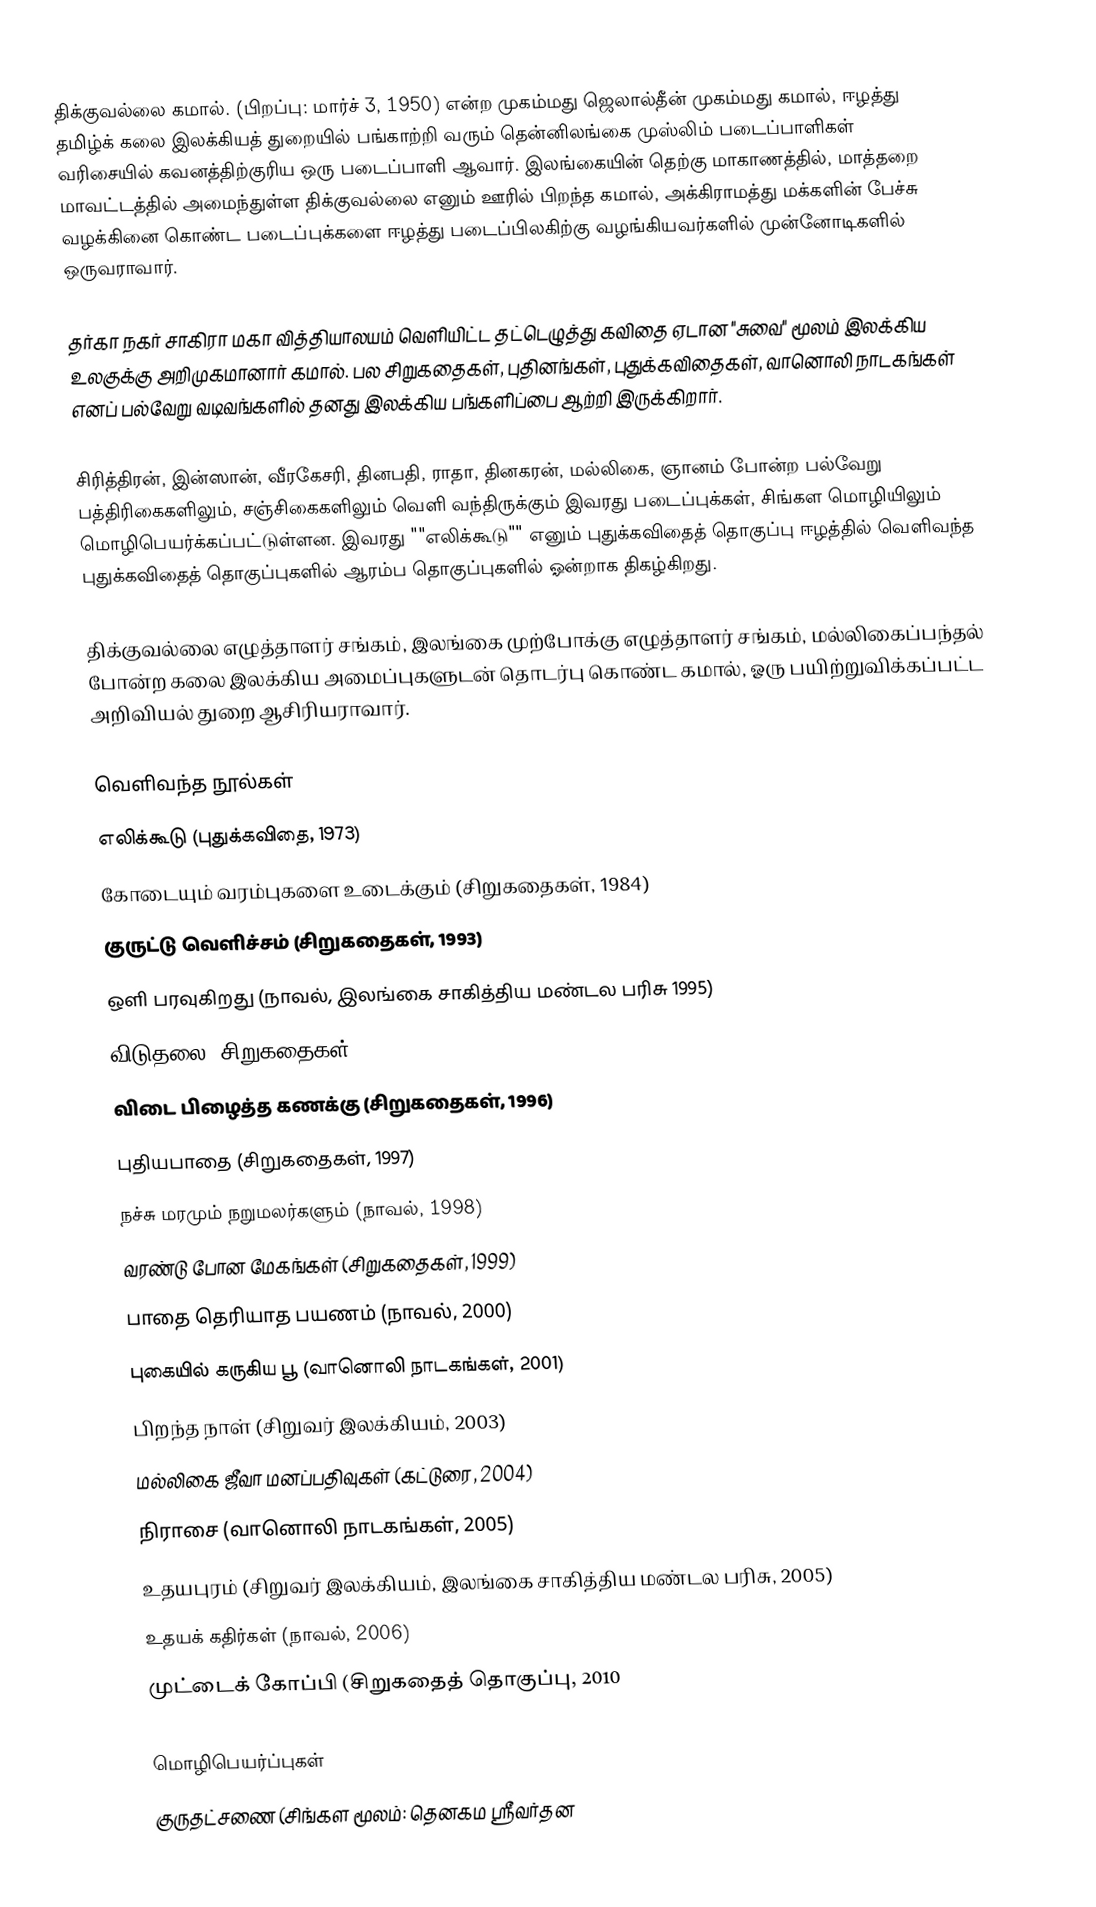
திக்குவல்லை கமால். (பிறப்பு: மார்ச் 3, 1950) என்ற  முகம்மது ஜெலால்தீன் முகம்மது கமால், ஈழத்து தமிழ்க் கலை இலக்கியத் துறையில் பங்காற்றி வரும் தென்னிலங்கை முஸ்லிம் படைப்பாளிகள் வரிசையில் கவனத்திற்குரிய ஒரு படைப்பாளி ஆவார்.  இலங்கையின் தெற்கு மாகாணத்தில்,  மாத்தறை மாவட்டத்தில் அமைந்துள்ள திக்குவல்லை எனும் ஊரில் பிறந்த கமால், அக்கிராமத்து  மக்களின் பேச்சு வழக்கினை கொண்ட படைப்புக்களை ஈழத்து படைப்பிலகிற்கு வழங்கியவர்களில் முன்னோடிகளில் ஒருவராவார்.

தர்கா நகர் சாகிரா மகா வித்தியாலயம் வெளியிட்ட தட்டெழுத்து கவிதை ஏடான "சுவை" மூலம் இலக்கிய உலகுக்கு அறிமுகமானார் கமால். பல சிறுகதைகள், புதினங்கள், புதுக்கவிதைகள், வானொலி நாடகங்கள் எனப் பல்வேறு வடிவங்களில் தனது இலக்கிய பங்களிப்பை ஆற்றி இருக்கிறார்.

சிரித்திரன், இன்ஸான், வீரகேசரி, தினபதி, ராதா, தினகரன், மல்லிகை, ஞானம் போன்ற பல்வேறு பத்திரிகைகளிலும், சஞ்சிகைகளிலும் வெளி வந்திருக்கும் இவரது படைப்புக்கள், சிங்கள மொழியிலும் மொழிபெயர்க்கப்பட்டுள்ளன. இவரது ""எலிக்கூடு"" எனும் புதுக்கவிதைத் தொகுப்பு ஈழத்தில் வெளிவந்த புதுக்கவிதைத் தொகுப்புகளில் ஆரம்ப தொகுப்புகளில் ஓன்றாக திகழ்கிறது.

திக்குவல்லை எழுத்தாளர் சங்கம், இலங்கை முற்போக்கு எழுத்தாளர் சங்கம்,  மல்லிகைப்பந்தல் போன்ற கலை இலக்கிய அமைப்புகளுடன் தொடர்பு கொண்ட கமால், ஓரு பயிற்றுவிக்கப்பட்ட அறிவியல் துறை ஆசிரியராவார்.

வெளிவந்த நூல்கள்
 எலிக்கூடு (புதுக்கவிதை,  1973)
 கோடையும் வரம்புகளை உடைக்கும் (சிறுகதைகள்,  1984)
 குருட்டு வெளிச்சம் (சிறுகதைகள்,  1993)
 ஒளி பரவுகிறது (நாவல், இலங்கை சாகித்திய மண்டல பரிசு 1995)
 விடுதலை (சிறுகதைகள்,  1996)
 விடை பிழைத்த கணக்கு (சிறுகதைகள்,  1996)
 புதியபாதை (சிறுகதைகள்,  1997)
 நச்சு மரமும் நறுமலர்களும் (நாவல்,  1998)
 வரண்டு போன மேகங்கள் (சிறுகதைகள்,  1999)
 பாதை தெரியாத பயணம் (நாவல்,  2000)
 புகையில் கருகிய பூ (வானொலி நாடகங்கள்,  2001)
 பிறந்த நாள் (சிறுவர் இலக்கியம்,  2003)
 மல்லிகை ஜீவா மனப்பதிவுகள் (கட்டுரை,  2004)
 நிராசை (வானொலி நாடகங்கள்,  2005)
 உதயபுரம் (சிறுவர் இலக்கியம், இலங்கை சாகித்திய மண்டல பரிசு,  2005)
 உதயக் கதிர்கள் (நாவல்,  2006)
 முட்டைக் கோப்பி (சிறுகதைத் தொகுப்பு, 2010

மொழிபெயர்ப்புகள்
 குருதட்சணை (சிங்கள மூலம்: தெனகம ஸ்ரீவர்தன